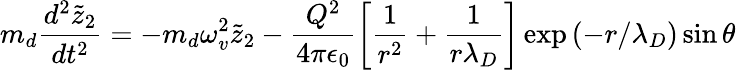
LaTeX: m_{d}\frac{d^{2}\tilde{z}_{2}}{dt^{2}}=-m_{d}\omega_{v}^{2}\tilde{z}_{2}-\frac{Q^{2}}{4\pi\epsilon_{0}}\left[\frac{1}{r^{2}}+\frac{1}{r\lambda_{D}}\right]\exp{\left(-r/\lambda_{D}\right)}\sin\theta